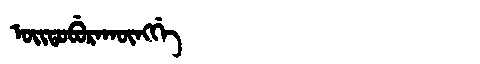
Manchu: ᠣᡳᡨᠣᠪᡠᡵᠠᡴᡡᠩᡤᡝ
Romanization: OITOBURAKŪNGGE